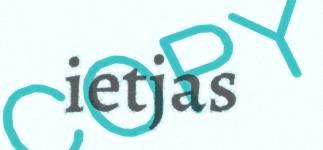
ietjas